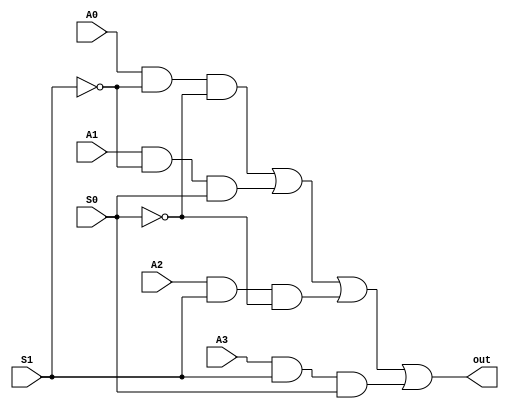
// Declaracao do modulo do multiplexador de 4 saidas e 1 entrada com seletor de 2 bits logica NORMAL.
module mux_1x4_normal (out, S1, S0, A0, A1, A2, A3);

	 // Declaracao de portas
    input S1, S0;      // Chaves seletoras
    input A0, A1, A2, A3;
	 output out;  // sada

    // Declarao de fios para os complementos do seletor
    wire wire1, wire2, wire3, wire0, notS0, notS1;

    // Inversores para os bits do seletor
    not (notS0, S0);
    not (notS1, S1);
	 
	 // Decodificador para cada sada do demux 1x7 usando portas "OR" para saida de valor logico BAIXO
    and (wire0, A0, notS1, notS0);       // S == 00
    and (wire1, A1, notS1, S0);      // S == 01
    and (wire2, A2, S1, notS0);     // S == 10
    and (wire3, A3, S1, S0);    // S == 11
	 
	 or(out, wire0, wire1, wire2, wire3);

endmodule